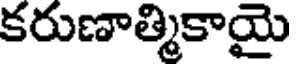
కరుణాత్మికాయై